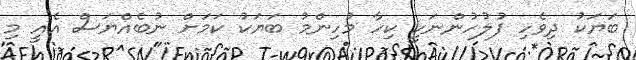
ބަޔަކު ދިވެހި ފުލުހުންނަކީ ކިހާ މުހިންމު ބަޔަކު ކަމަށް ނުބެއްޔަސް އެއީ މި